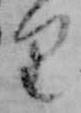
り